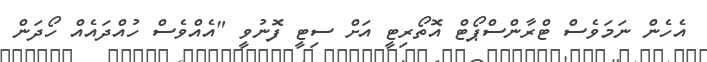
އެހެން ނަމަވެސް ޓްރާންސްޕޯޓް އޮތޯރިޓީ އަށް ސިޓީ ފޮނުވީ "އެއްވެސް ހުއްދައެއް ހޯދަން